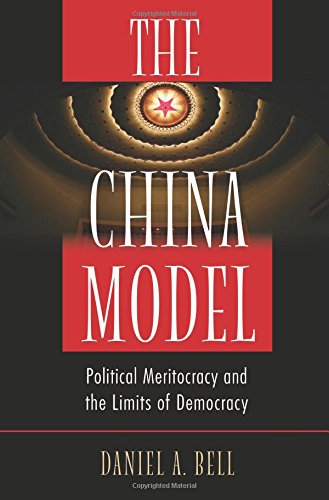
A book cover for The China Model: Political Meritocracy and the Limits of Democracy; Daniel A. Bell; Politics & Social Sciences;